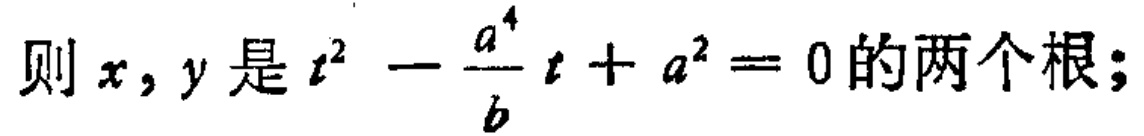
则\(x,y\)是\(t^{2}-\frac{a^{4}}{b}t + a^{2}=0\)的两个根；